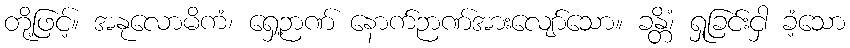
တို့ဖြင့်။ အနုလောမိကံ၊ ရှေ့ဉာဏ် နောက်ဉာဏ်အားလျော်သော။ ခန္တိံ၊ ရှုခြင်းငှါ ခံ့သော